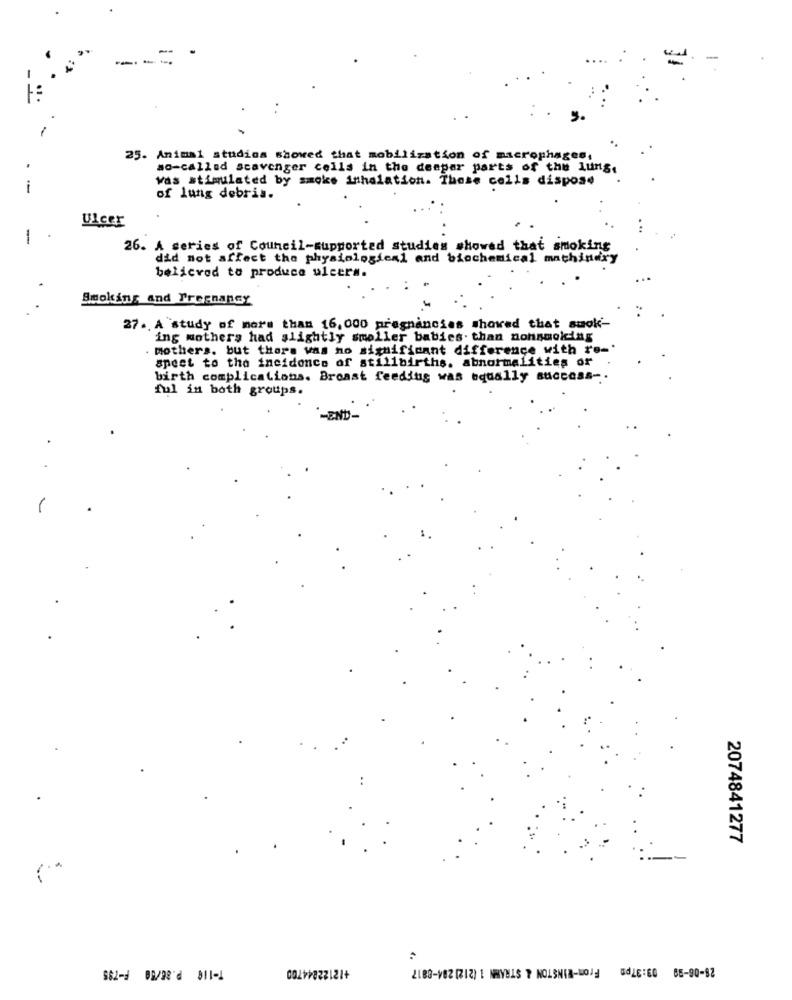
25. Animal studios showed that mobilization of macrophages,
so-called scavenger cells in the deepar parts of the lung.
vas stimulated by smoke inhalation. Those cells dispose
-
of lung debris.
Ulcer
-
26. A series of Council-supported studies showed that smoking
did not affect the physiological and biochemical machinery
belicved to produce ulcers.
Smoking and Pregnancy
27 .. A study of more than 16, 000 pregnancies showed that suok-
ing mothers had slightly smoller babies. than nonsmoking
mothers. but there was no significant difference with ro-'
spect to the incidence of stillbirths. abnormalities or
birth complications. Breast feeding was equally success-
ful in both groups.
1
2074841277
+12122244700
28-06-99 03:37pm From-WINSTON & STRAWN 1 (212] 284-6817